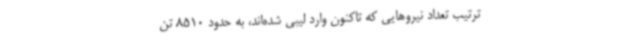
ترتیب تعداد نیروهایی که تاکنون وارد لیبی شده‌اند، به حدود 8510 تن